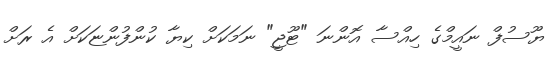
ޔޫސުފް ނައީމްގެ ހިއްސާ އޮންނަ "ޓޫޖީ" ނަމަކަށް ކިޔާ ކުންފުންޏަކަށް އެ ރަށް